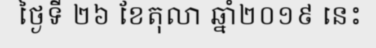
ថ្ងៃទី ២៦ ខែតុលា ឆ្នាំ២០១៩ នេះ